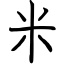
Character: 米